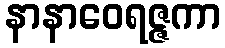
နာနာဝေရဇ္ဇကာ